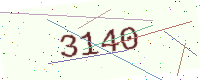
Text: 3140